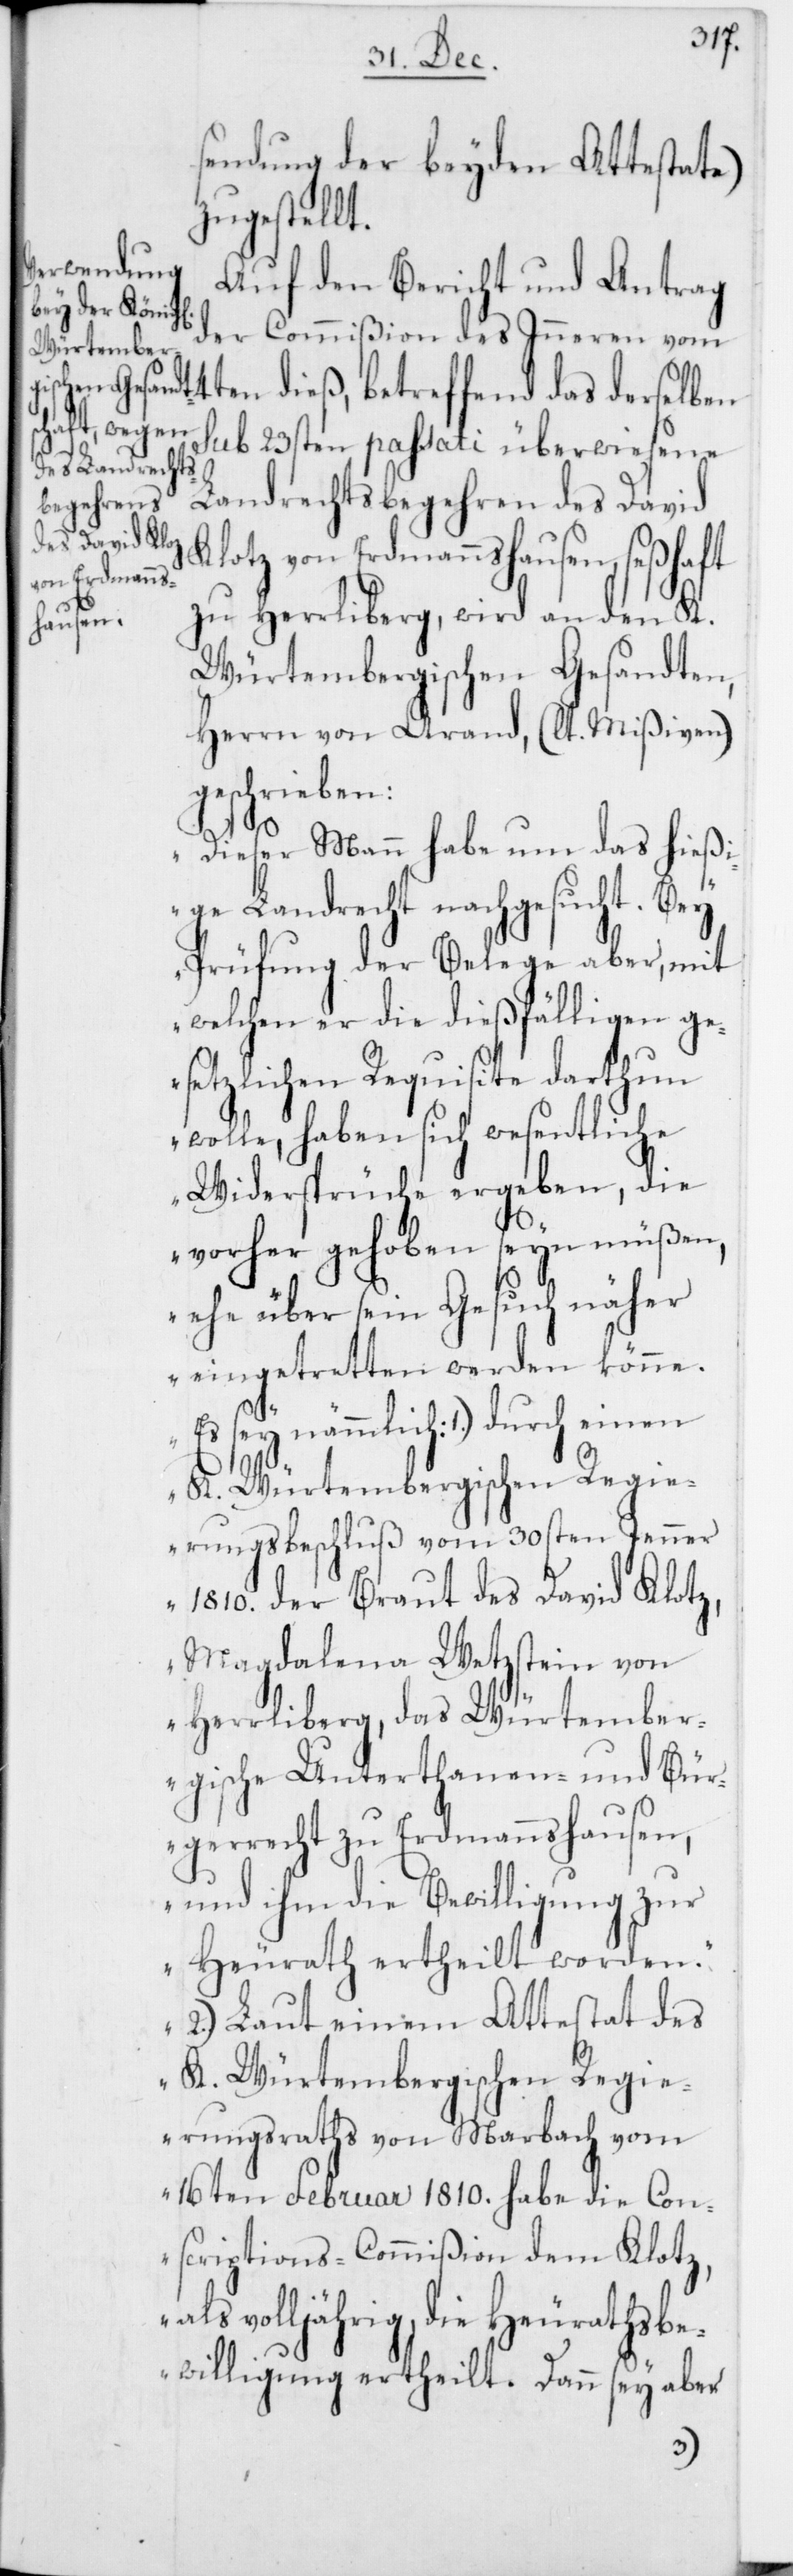
sendung der beyden Attestate)
zugestellt.
Auf den Bericht und Antrag
der Commißion des Inneren vom
14ten dieß, betreffend das derselben
sub 23sten passati überwiesene
Landrechtsbegehren des David
von Erdmanns¬
zu Herrliberg, wird an den K.
hausen,
Würtembergischen Gesandten,
Herrn von Arand, (lt. Mißiven)
geschrieben:
„ Dieser Mann habe um das hießi¬
ge Landrecht nachgesucht. Bey
Prüfung der Belege aber, mit
welchen er die dießfälligen ge¬
setzlichen Requisite darthun
wolle, haben sich wesentliche
Widersprüche ergeben, die
vorher gehoben seyn müßen,
ehe über sein Gesuch näher
eingetretten werden könne.
K. Würtembergischen Regie¬
rungsbeschluß vom 30sten Jenner
1810. der Braut des David Klotz,
Magdalena Wetzstein von
Herrliberg, das Würtember¬
gische Unterthanen- und Bür¬
gerrecht zu Erdmannshausen,
und ihm die Bewilligung zur
Heurath ertheilt worden.
2.) Laut einem Attestat des
K. Würtembergischen Regi¬
erungsraths von Marbach vom
16ten Februar 1810. habe die Con¬
scriptions-Commißion dem Klotz,
als volljährig, die Heurathsb¬
ewilligung ertheilt. Dann sey aber
1.)